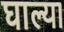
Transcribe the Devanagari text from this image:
घाल्या